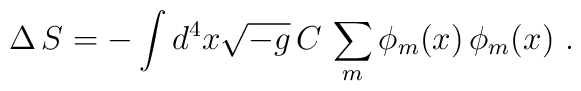
\Delta\,S= - \int d^4x \sqrt{-g}\,C \,\sum_m\phi_m(x)\,\phi_m(x)\,\, .